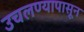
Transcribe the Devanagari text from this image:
उचलण्यापासून